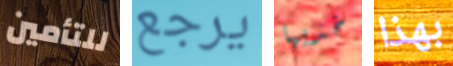
للتأمين يرجع خذيها بهذا